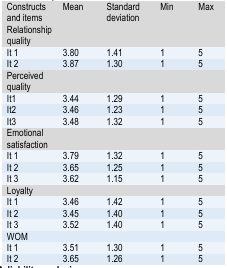
<table><thead><tr><td><b>Constructs and items</b></td><td><b>Mean</b></td><td><b>Standard deviation</b></td><td><b>Min</b></td><td><b>Max</b></td></tr></thead><tbody><tr><td colspan="4">Relationship quality</td></tr><tr><td>It 1</td><td>3.80</td><td>1.41</td><td>1</td><td>5</td></tr><tr><td>It 2</td><td>3.87</td><td>1.30</td><td>1</td><td>5</td></tr><tr><td colspan="4">Perceived quality</td></tr><tr><td>It1</td><td>3.44</td><td>1.29</td><td>1</td><td>5</td></tr><tr><td>It2</td><td>3.46</td><td>1.23</td><td>1</td><td>5</td></tr><tr><td>It3</td><td>3.48</td><td>1.32</td><td>1</td><td>5</td></tr><tr><td colspan="4">Emotional satisfaction</td></tr><tr><td>It 1</td><td>3.79</td><td>1.32</td><td>1</td><td>5</td></tr><tr><td>It 2</td><td>3.65</td><td>1.25</td><td>1</td><td>5</td></tr><tr><td>It 3</td><td>3.62</td><td>1.15</td><td>1</td><td>5</td></tr><tr><td colspan="4">Loyalty</td></tr><tr><td>It 1</td><td>3.46</td><td>1.42</td><td>1</td><td>5</td></tr><tr><td>It 2</td><td>3.45</td><td>1.40</td><td>1</td><td>5</td></tr><tr><td>It 3</td><td>3.52</td><td>1.40</td><td>1</td><td>5</td></tr><tr><td colspan="4">WOM</td></tr><tr><td>It 1</td><td>3.51</td><td>1.30</td><td>1</td><td>5</td></tr><tr><td>It 2</td><td>3.65</td><td>1.26</td><td>1</td><td>5</td></tr></tbody></table>